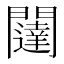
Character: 闥